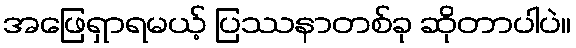
အဖြေရှာရမယ့် ပြဿနာတစ်ခု ဆိုတာပါပဲ။